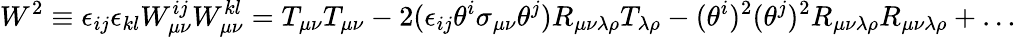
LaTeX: W^{2}\equiv\epsilon_{ij}\epsilon_{kl}W_{\mu\nu}^{ij}W_{\mu\nu}^{kl}=T_{\mu\nu}T_{\mu\nu}-2(\epsilon_{ij}\theta^{i}\sigma_{\mu\nu}\theta^{j})R_{\mu\nu\lambda\rho}T_{\lambda\rho}-(\theta^{i})^{2}(\theta^{j})^{2}R_{\mu\nu\lambda\rho}R_{\mu\nu\lambda\rho}+\dots